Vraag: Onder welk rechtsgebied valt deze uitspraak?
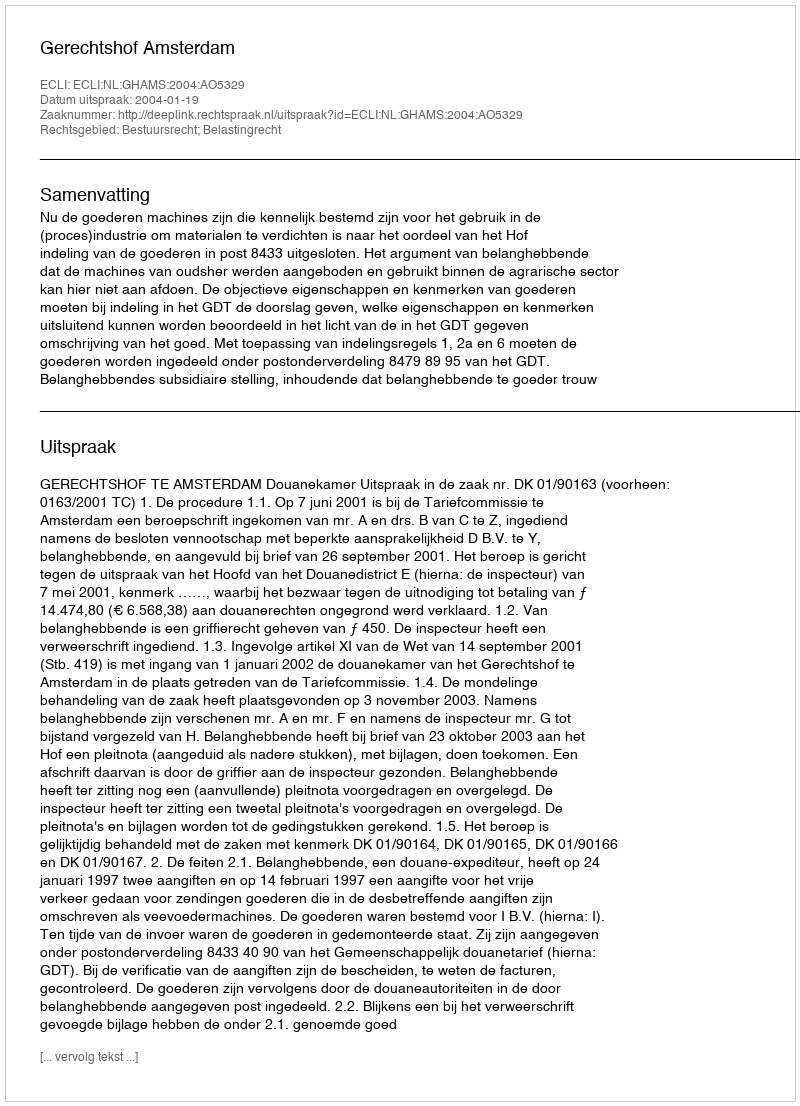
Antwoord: Bestuursrecht; Belastingrecht